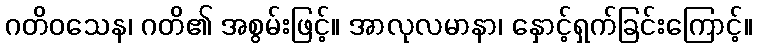
ဂတိဝသေန၊ ဂတိ၏ အစွမ်းဖြင့်။ အာလုလမာနာ၊ နှောင့်ရှက်ခြင်းကြောင့်။